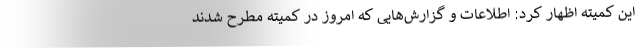
این کمیته اظهار کرد: اطلاعات و گزارش‌هایی که امروز در کمیته مطرح شدند